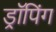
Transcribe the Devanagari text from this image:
ड्रॉपिंग